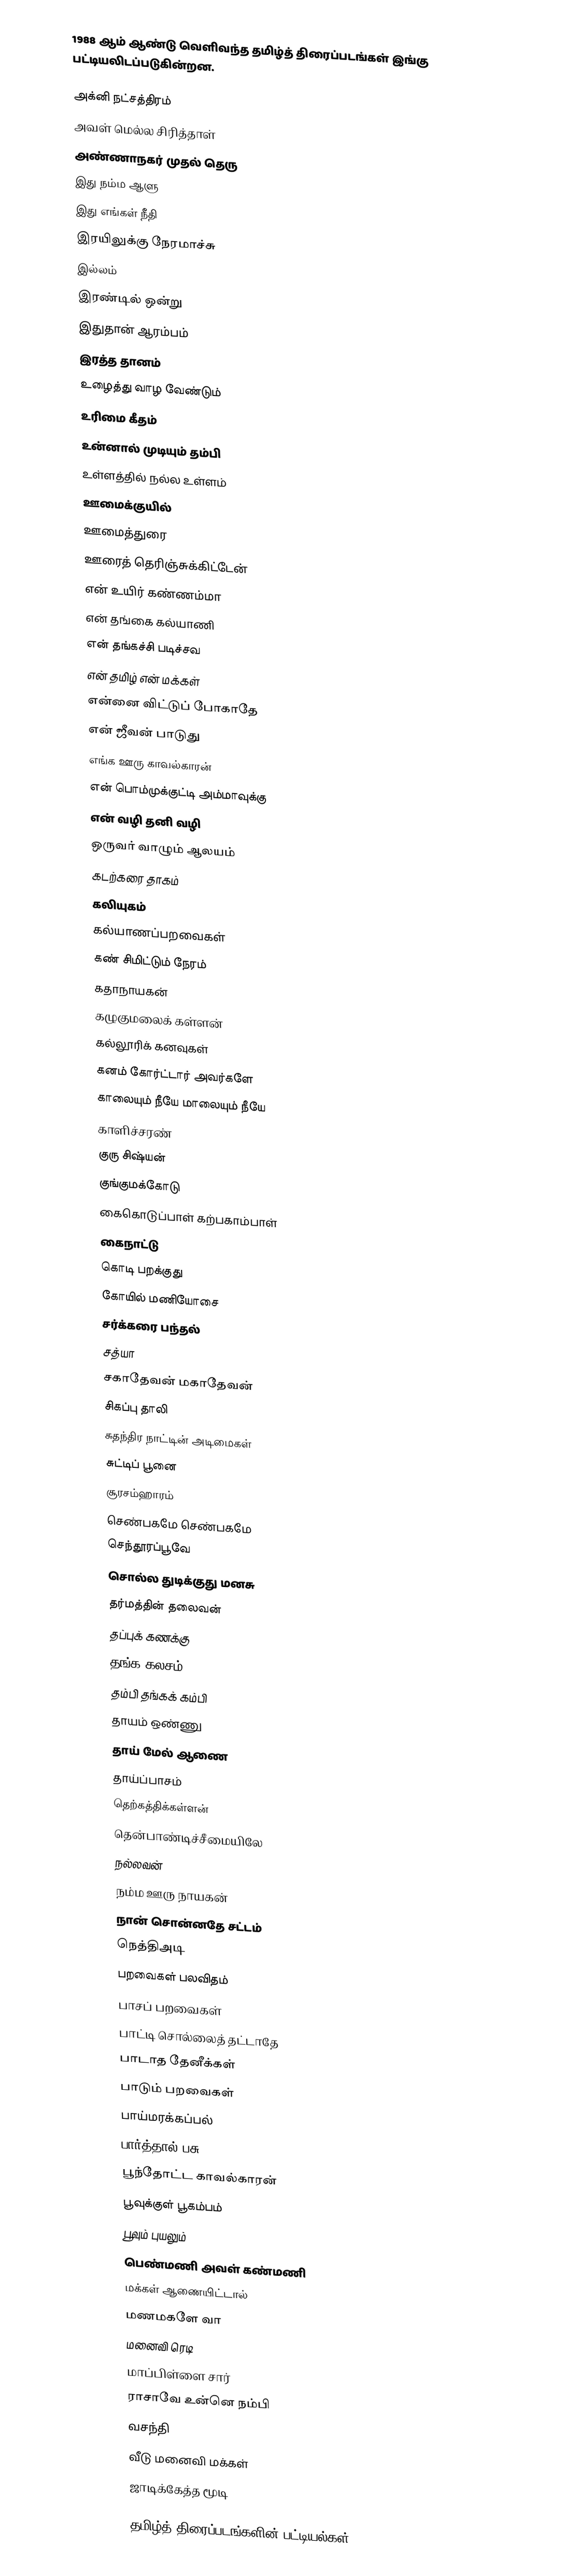
1988 ஆம் ஆண்டு வெளிவந்த தமிழ்த் திரைப்படங்கள் இங்கு பட்டியலிடப்படுகின்றன.

அக்னி நட்சத்திரம்
அவள் மெல்ல சிரித்தாள்
அண்ணாநகர் முதல் தெரு
இது நம்ம ஆளு
இது எங்கள் நீதி
இரயிலுக்கு நேரமாச்சு
இல்லம்
இரண்டில் ஒன்று
இதுதான் ஆரம்பம்
இரத்த தானம்
உழைத்து வாழ வேண்டும்
உரிமை கீதம்
உன்னால் முடியும் தம்பி
உள்ளத்தில் நல்ல உள்ளம்
ஊமைக்குயில்
ஊமைத்துரை
ஊரைத் தெரிஞ்சுக்கிட்டேன்
என் உயிர் கண்ணம்மா
என் தங்கை கல்யாணி
என் தங்கச்சி படிச்சவ
என் தமிழ் என் மக்கள்
என்னை விட்டுப் போகாதே
என் ஜீவன் பாடுது
எங்க ஊரு காவல்காரன்
என் பொம்முக்குட்டி அம்மாவுக்கு
என் வழி தனி வழி
ஒருவர் வாழும் ஆலயம்
கடற்கரை தாகம்
கலியுகம்
கல்யாணப்பறவைகள்
கண் சிமிட்டும் நேரம்
கதாநாயகன்
கழுகுமலைக் கள்ளன்
கல்லூரிக் கனவுகள்
கனம் கோர்ட்டார் அவர்களே
காலையும் நீயே மாலையும் நீயே
காளிச்சரண்
குரு சிஷ்யன்
குங்குமக்கோடு
கைகொடுப்பாள் கற்பகாம்பாள்
கைநாட்டு
கொடி பறக்குது
கோயில் மணியோசை
சர்க்கரை பந்தல்
சத்யா
சகாதேவன் மகாதேவன்
சிகப்பு தாலி
சுதந்திர நாட்டின் அடிமைகள்
சுட்டிப் பூனை
சூரசம்ஹாரம்
செண்பகமே செண்பகமே
செந்தூரப்பூவே
சொல்ல துடிக்குது மனசு
தர்மத்தின் தலைவன்
தப்புக் கணக்கு
தங்க கலசம்
தம்பி தங்கக் கம்பி
தாயம் ஒண்ணு
தாய் மேல் ஆணை
தாய்ப்பாசம்
தெற்கத்திக்கள்ளன்
தென்பாண்டிச்சீமையிலே
நல்லவன்
நம்ம ஊரு நாயகன்
நான் சொன்னதே சட்டம்
நெத்திஅடி
பறவைகள் பலவிதம்
பாசப் பறவைகள்
பாட்டி சொல்லைத் தட்டாதே
பாடாத தேனீக்கள்
பாடும் பறவைகள்
பாய்மரக்கப்பல்
பார்த்தால் பசு
பூந்தோட்ட காவல்காரன்
பூவுக்குள் பூகம்பம்
பூவும் புயலும்
பெண்மணி அவள் கண்மணி
மக்கள் ஆணையிட்டால்
மணமகளே வா
மனைவி ரெடி
மாப்பிள்ளை சார்
ராசாவே உன்னெ நம்பி
வசந்தி
வீடு மனைவி மக்கள்
ஜாடிக்கேத்த மூடி

தமிழ்த் திரைப்படங்களின் பட்டியல்கள்